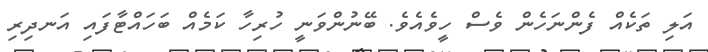
އަލި ތަކެއް ފެންނަހެން ވެސް ހީވެއެވެ. ބޭނުންވަނީ ހުރިހާ ކަމެއް ބަހައްޓާފައި އަނދިރި